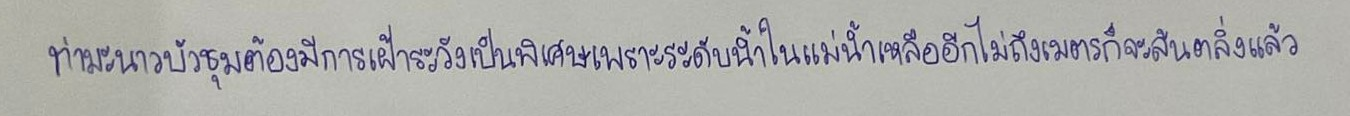
ท่ามะนาวบัวชุมต้องมีการเฝ้าระวังเป็นพิเศษเพราะระดับน้ำในแม่น้ำเหลืออีกไม่ถึงเมตรก็จะล้นตลิ่งแล้ว